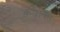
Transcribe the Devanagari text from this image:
कज्जाकी